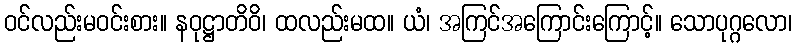
ဝင်လည်းမဝင်းစား။ နဝုဋ္ဌာတိဝိ၊ ထလည်းမထ။ ယံ၊ အကြင်အကြောင်းကြောင့်။ သောပုဂ္ဂလော၊